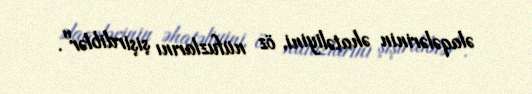
əlaqələrinin əhatəliyini, öz nüfuzlarını şişirdiblər".